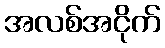
အလစ်အငိုက်